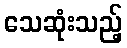
သေဆုံးသည့်